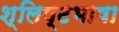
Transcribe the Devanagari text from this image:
श्लिष्टभाषा